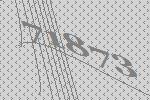
71873